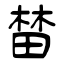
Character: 榃